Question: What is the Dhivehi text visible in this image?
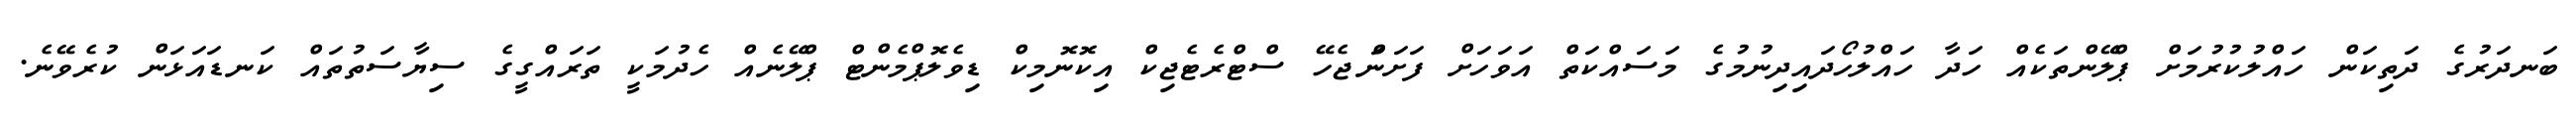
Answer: ބަނދަރުގެ ދަތިކަން ހައްލުކުރުމަށް ޕްލޭންތަކެއް ހަދާ ހައްލުހޯދައިދިނުމުގެ މަސައްކަތް އަވަހަށް ފަށަނަްޖެހޭ ސްޓްރެޓެޖިކް އިކޮނޮމިކް ޑިވެލޮޕްމެންޓް ޕްލޭނެއް ހެދުމަކީ ތަރައްގީގެ ސިޔާސަތުތައް ކަނޑައަޅަން ކުރެވޭނެ.